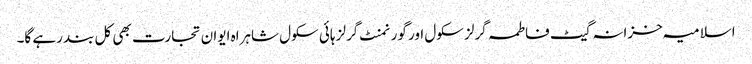
اسلامیہ خزانہ گیٹ فاطمہ گرلز سکول اور گورنمنٹ گرلز ہائی سکول شاہراہ ایوان تجارت بھی کل بند رہے گا۔